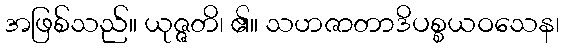
အဖြစ်သည်။ ယုဇ္ဇတိ၊ ၏။ သဟဇာတာဒိပစ္စယဝသေန၊